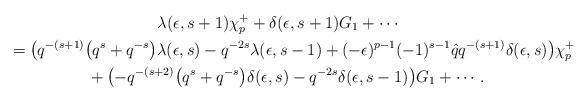
LaTeX: \begin{gather*} \lambda(\epsilon,s+1)\chi^+_p + \delta(\epsilon, s+1)G_1 + \cdots \\ {}= \big( q^{-(s+1)}\big(q^s+q^{-s}\big)\lambda(\epsilon,s) - q^{-2s}\lambda(\epsilon,s-1) + (-\epsilon)^{p-1}(-1)^{s-1}\hat qq^{-(s+1)}\delta(\epsilon,s) \big) \chi^+_p\\\quad{} + \big( {-}q^{-(s+2)}\big(q^s + q^{-s}\big)\delta(\epsilon,s) - q^{-2s}\delta(\epsilon,s-1) \big) G_1 +\cdots.\end{gather*}